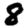
Digit: 8